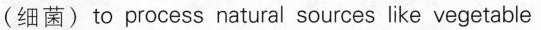
(细菌)to process natural sources like vegetable